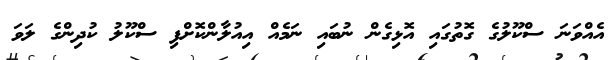
އެއްވަނަ ސްކޫލުގެ ގޮތުގައި އޮޅިގެން ނުބައި ނަމެއް އިއުލާންކޮށްފި ސްކޫލު ކުދިންގެ ލަވަ